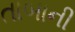
તાબાની